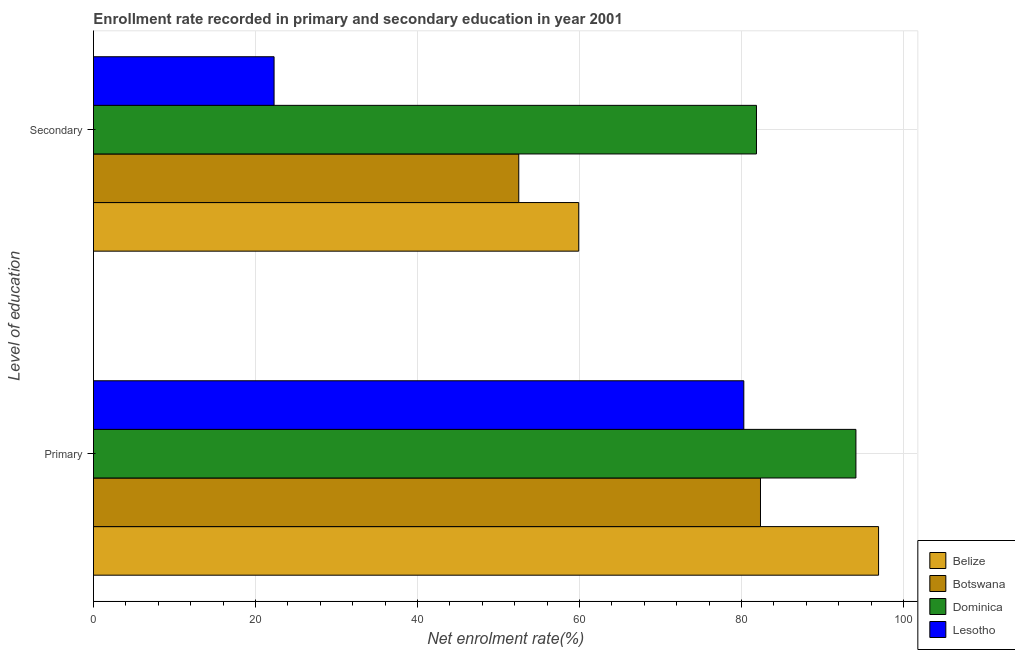
| Level of education | Belize | Botswana | Dominica | Lesotho |
 | --- | --- | --- | --- | --- |
 | Primary | 96.9 | 82.3 | 94.1 | 80.3 |
 | Secondary | 59.9 | 52.5 | 81.8 | 22.3 |